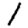
Digit: 1